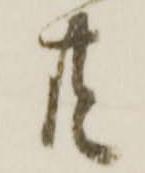
共